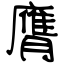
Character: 膺